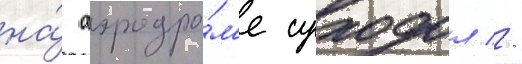
на́ аэродро́м'е суходол //